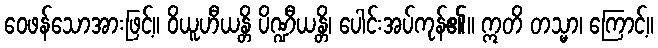
ဝေဖန်သောအားဖြင့်။ ဝိယူဟီယန္တိ ပိဏ္ဍီယန္တိ၊ ပေါင်းအပ်ကုန်၏။ ဣတိ တသ္မာ၊ ကြောင့်။